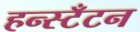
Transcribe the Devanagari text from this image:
हन्स्टँटन